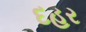
દહર